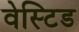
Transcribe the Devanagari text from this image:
वेस्टिड